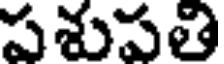
పశుపతి